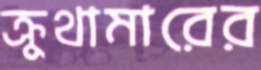
ক্রুথামারের